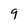
Character: 9